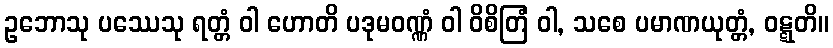
ဥဘောသု ပဿေသု ရတ္တံ ဝါ ဟောတိ ပဒုမဝဏ္ဏံ ဝါ ဝိစိတြံ ဝါ, သစေ ပမာဏယုတ္တံ, ဝဋ္ဋတိ။